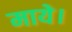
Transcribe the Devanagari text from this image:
माये।